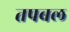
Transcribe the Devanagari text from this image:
तपबल